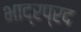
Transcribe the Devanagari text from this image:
भाद्रप्रद